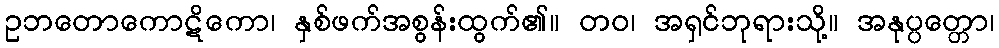
ဥဘတောကောဋိကော၊ နှစ်ဖက်အစွန်းထွက်၏။ တဝ၊ အရှင်ဘုရားသို့။ အနုပ္ပတ္တော၊